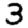
Digit: 3